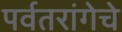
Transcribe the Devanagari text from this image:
पर्वतरांगेचे